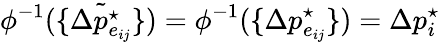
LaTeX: \phi^{-1}(\{ \tilde{\Delta p_{e_{ij}}^{\star}}\} )=\phi^{-1}(\{ \Delta p_{e_{ij}}^{\star}\} )=\Delta p_{i}^{\star}